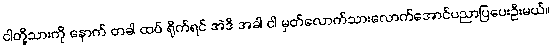
ငါတို့သားကို နောက် တခါ ထပ် ရိုက်ရင် အဲဒီ အခါ ငါ မှတ်လောက်သားလောက်အောင်ပညာပြပေးဦးမယ်။